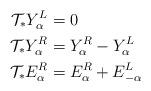
LaTeX: \begin{align*}\mathcal{T}_* Y_\alpha^L&=0\\\mathcal{T}_* Y_\alpha^R&=Y_\alpha^R-Y_\alpha^L\\\mathcal{T}_* E_{\alpha}^R&=E_{\alpha}^R+E_{-\alpha}^L\end{align*}